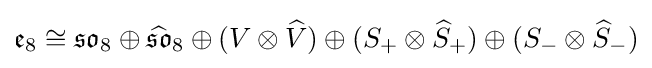
{\mathfrak {e}}_{8}\cong {\mathfrak {so}}_{8}\oplus {\widehat {\mathfrak {so}}}_{8}\oplus (V\otimes {\widehat {V}})\oplus (S_{+}\otimes {\widehat {S}}_{+})\oplus (S_{-}\otimes {\widehat {S}}_{-})